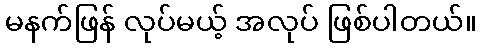
မနက်ဖြန် လုပ်မယ့် အလုပ် ဖြစ်ပါတယ်။